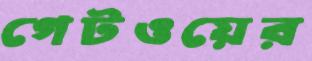
গেটওয়ের